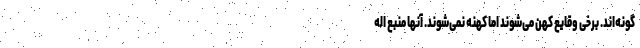
گونه‌اند. برخی وقایع کهن می‌شوند اما کهنه نمی‌شوند. آنها منبع اله